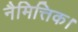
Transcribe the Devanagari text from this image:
नैमित्तिक।